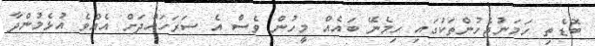
ބޮޑެތި ހަމަނުޖެހުންތަކުގައި ހިމެނޭ ބައެއް މީހުން ވެސް އެ ސަރަހައްދަށް އެއްވެ އުޅެމުންދާ